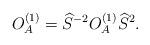
LaTeX: \begin{align*}O_A^{(1)}=\widehat S^{-2}O_A^{(1)}\widehat S^2.\end{align*}